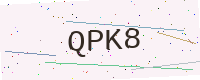
Text: QPK8